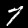
Label: 7